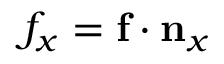
{ f } _ { x } = \mathbf { f } \cdot \mathbf { n } _ { x }